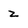
Character: z